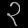
Digit: ၃